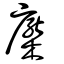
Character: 檿